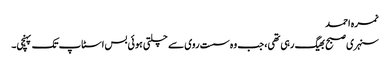
نمرہ احمد
سنہری صبح بھیگ رہی تھی، جب وہ سست روی سے چلتی ہوئی بس اسٹاپ تک پہنچی۔